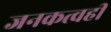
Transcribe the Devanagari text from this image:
जनकत्वही